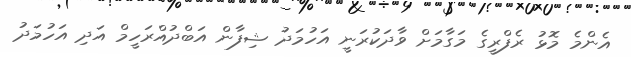
އެންމެ މޮޅު ރެފްރީގެ މަގާމަށް ވާދަކުރަނީ އަހުމަދު ޝިފާން އަބްދުއްރަހީމް އަދި އަހުމަދު